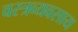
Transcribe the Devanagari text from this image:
वस्त्रव्यवसाय